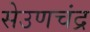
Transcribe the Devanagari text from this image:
सेउणचंद्र